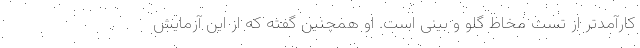
کارآمدتر از تست مخاط گلو و بینی است. او همچنین گفته که از این آزمایش